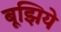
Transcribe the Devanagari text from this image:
बूझिये